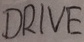
Text: DRIVE